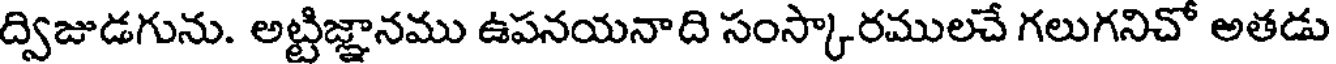
ద్విజుడగును. అట్టిజ్ఞానము ఉపనయనాది సంస్కారములచే గలుగనిచో అతడు